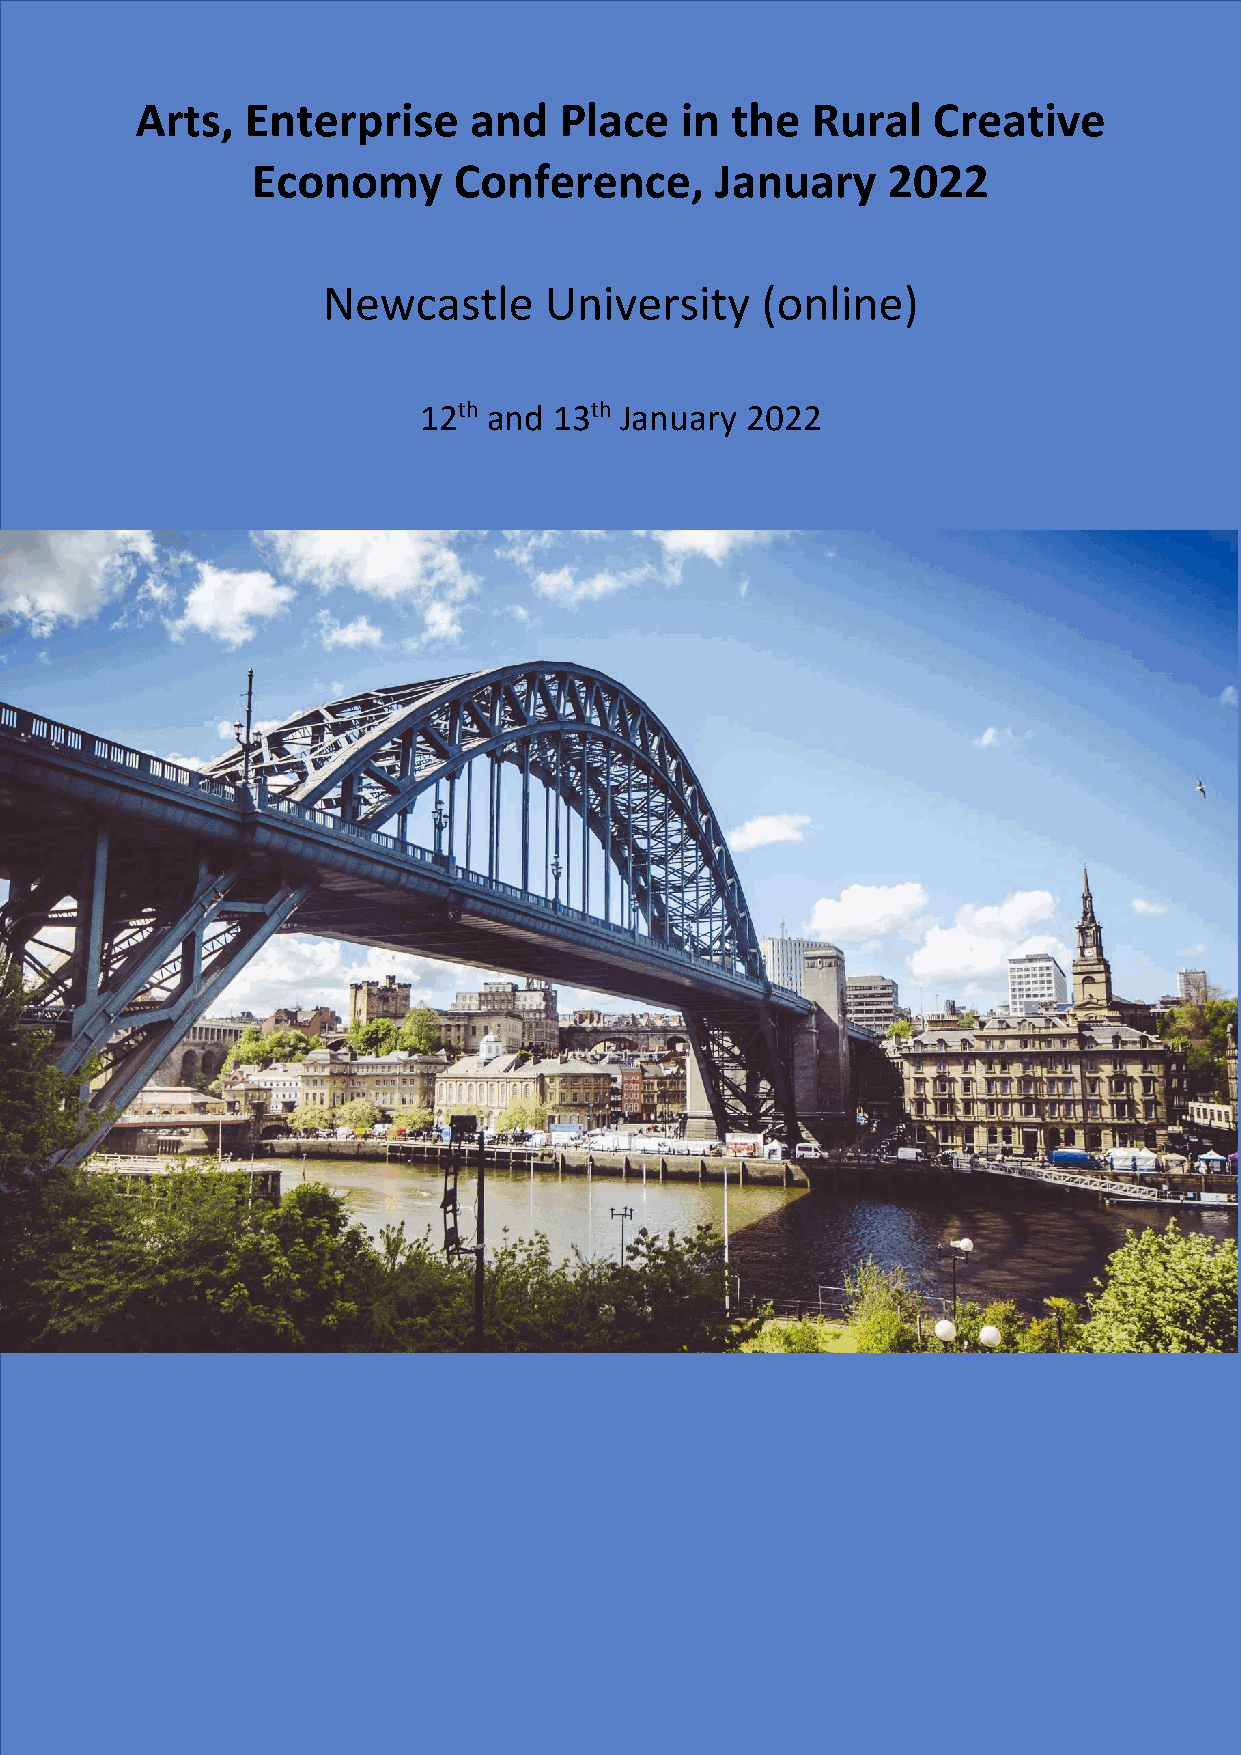
Arts,  Enterprise     and   Place   in the   Rural   Creative
 Economy      Conference,      January     2022
 Newcastle      University    (online)
 12th and 13th January 2022